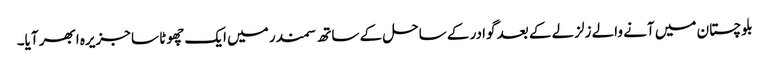
بلوچستان میں آنے والے زلزلے کے بعد گوادر کے ساحل کے ساتھ سمندر میں ایک چھوٹا سا جزیرہ ابھر آیا۔